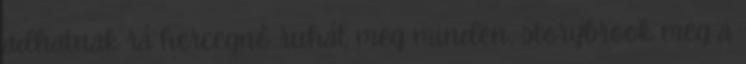
adhatnak rá hercegnő ruhát meg minden, storybrook meg a